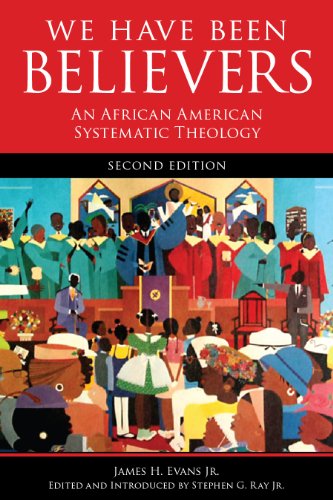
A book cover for We Have Been Believers: An African American Systematic Theology; James H. Evans Jr.; Christian Books & Bibles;